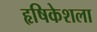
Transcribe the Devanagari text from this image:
हृषिकेशला